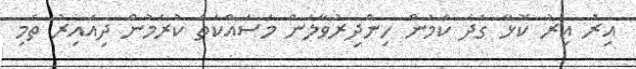
އިރު އިރު ކޮޅާ ގަދަ ކަމުން ހިންދިރުވާލަން މަސައްކަތް ކުރަމުން ދިއައިރު ތެމި